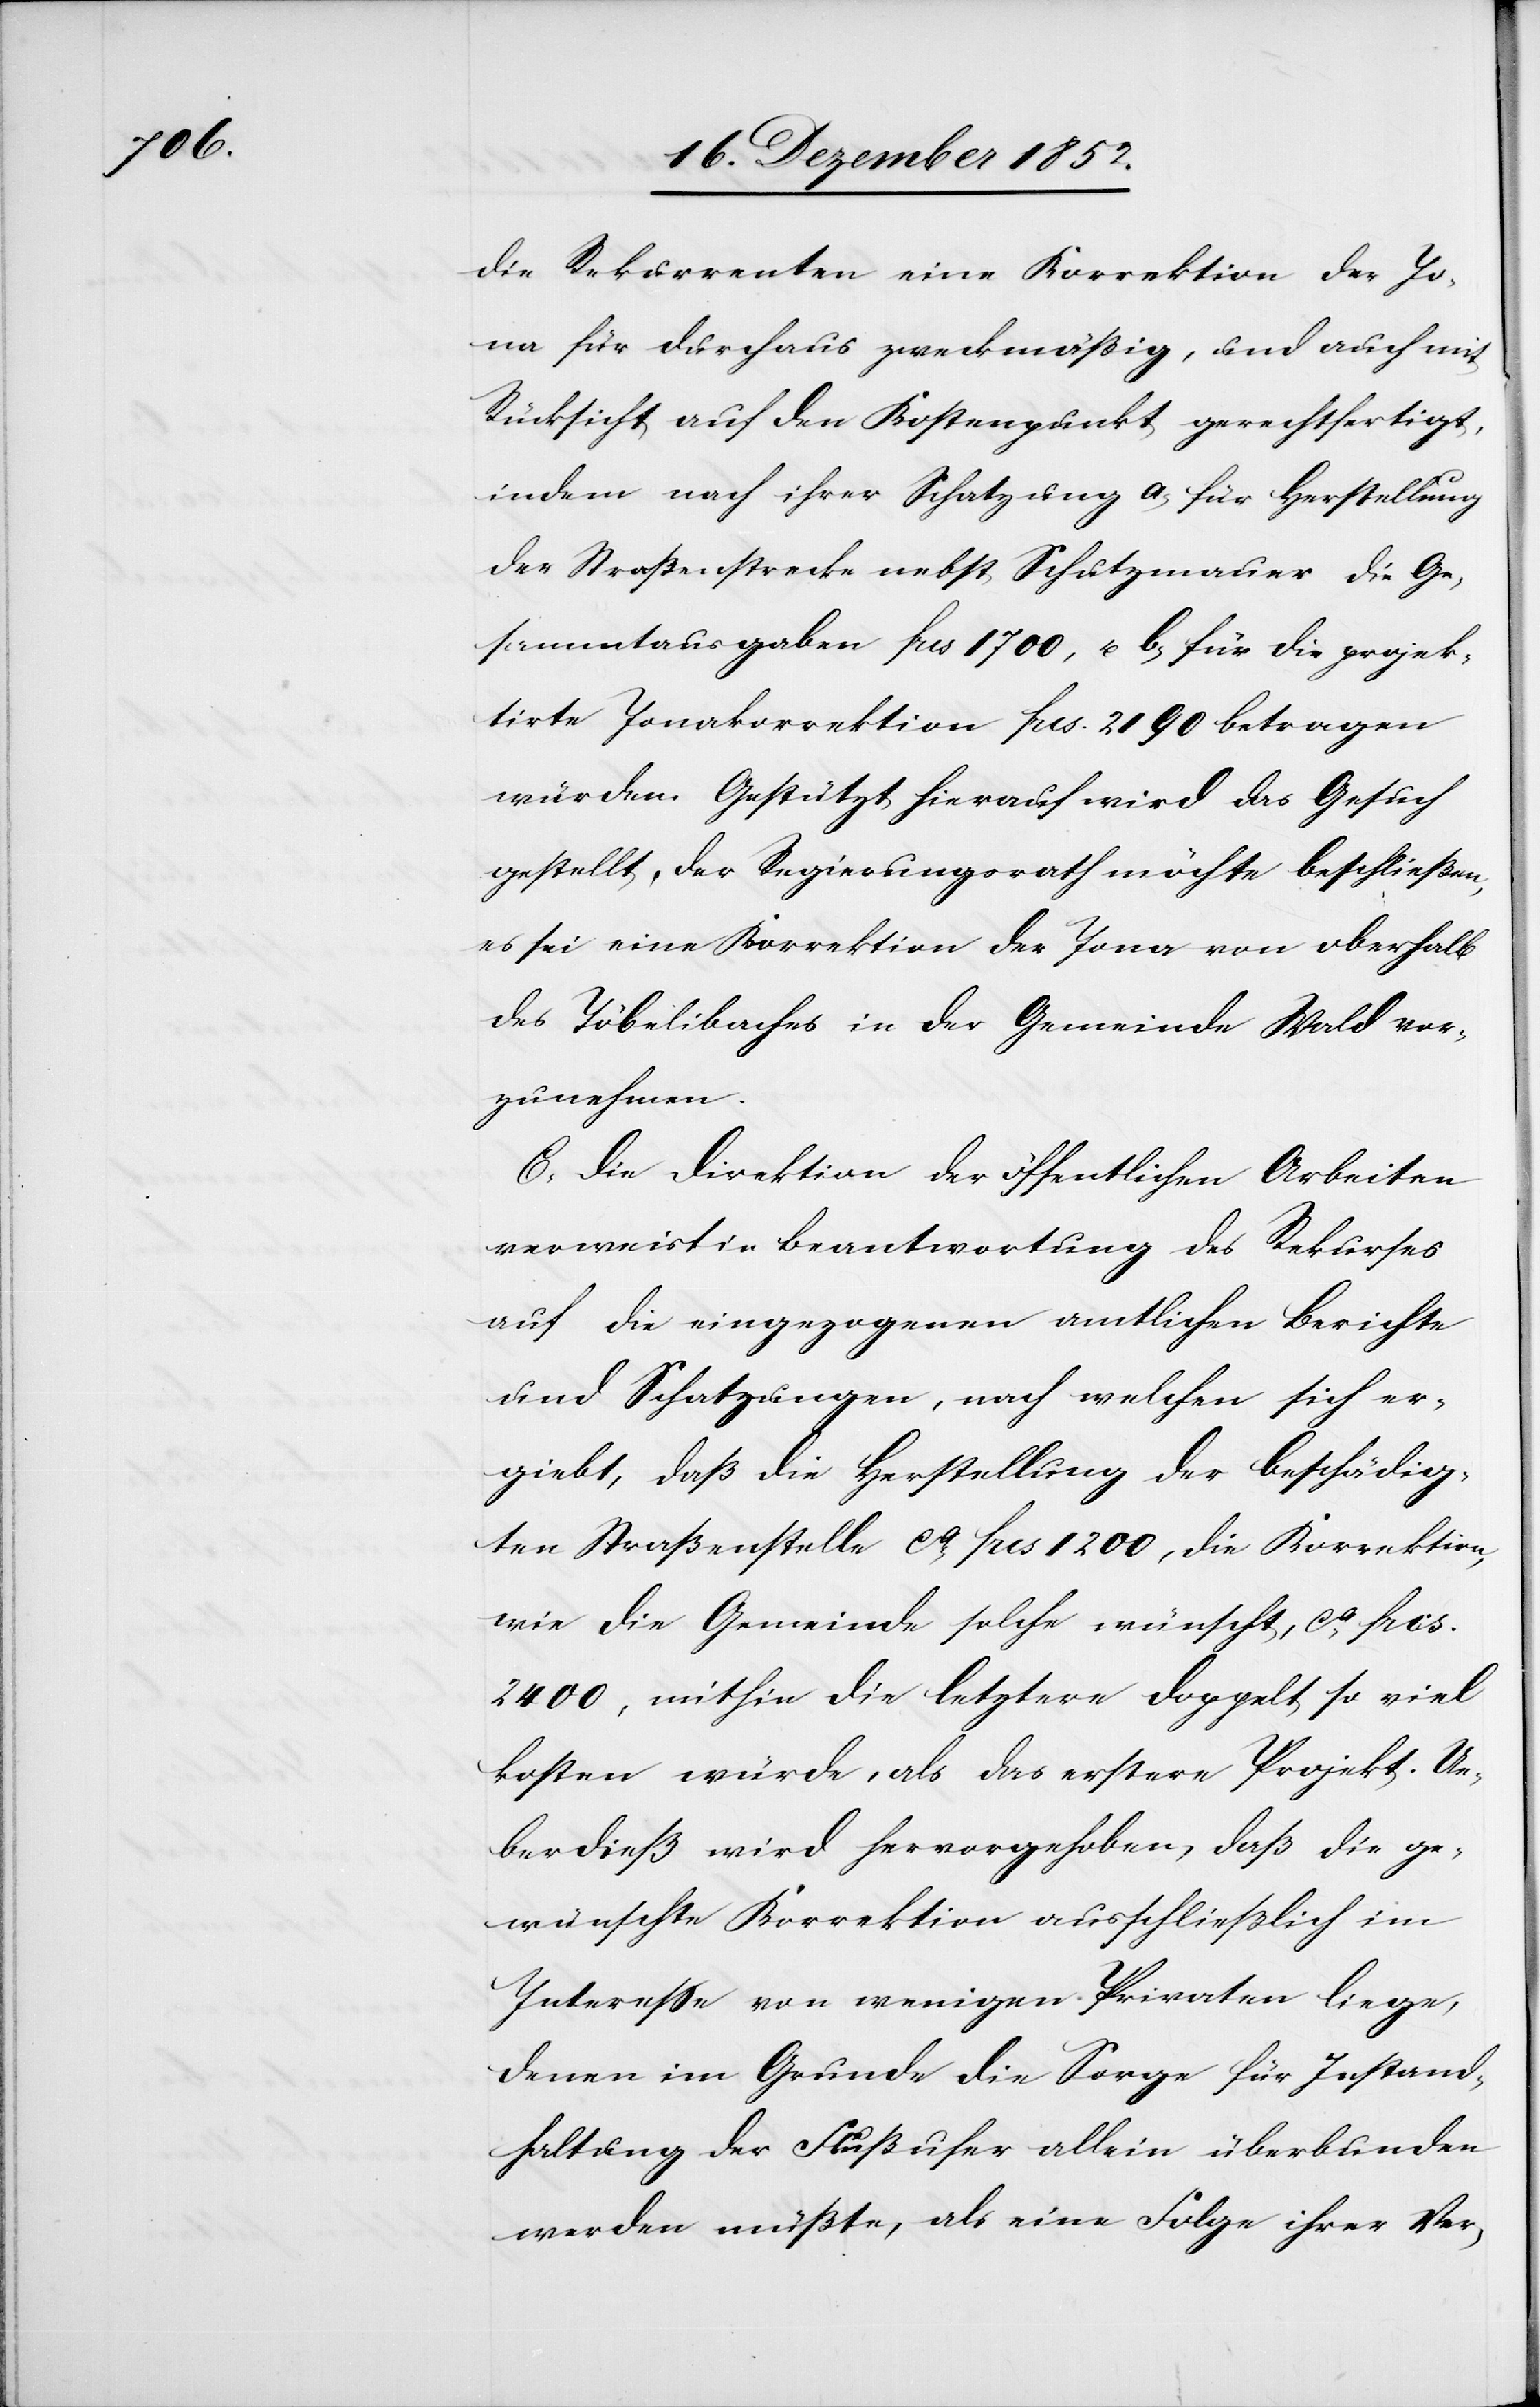
die Rekurrenten eine Korrektion der Jo¬
na für durchaus zweckmäßig, und auch mit
Rücksicht auf den Kostenpunkt gerechtfertigt,
indem nach ihrer Schatzung a, für Herstellung
der Straßenstrecke nebst Schutzmauer die Ge¬
sammtausgaben frcs 1700, u. b, für die projek¬
tirte Jonakorrektion frcs. 2190 betragen
würden. Gestützt hierauf wird das Gesuch
gestellt, der Regierungsrath möchte beschließen,
es sei eine Korrektion der Jona von oberhalb
des Töbelibaches in der Gemeinde Wald vor¬
zunehmen.
C, Die Direktion der öffentlichen Arbeiten
verweist in Beantwortung des Rekurses
auf die eingezogenen amtlichen Berichte
und Schatzungen, nach welchen sich er¬
giebt, daß die Herstellung der beschädig¬
ten Straßenstelle ca. frcs 1200, die Korrektion,
wie die Gemeinde solche wünscht, ca. frcs.
2400, mithin die letztere doppelt so viel
kosten würde, als das erstere Projekt. Ue¬
berdieß wird hervorgehoben, daß die ge¬
wünschte Korrektion ausschließlich im
Interesse von wenigen Privaten liege,
denen im Grunde die Sorge für Instand¬
haltung der Flußufer allein überbunden
werden müßte, als eine Folge ihrer Ver-